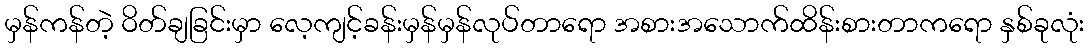
မှန်ကန်တဲ့ ဝိတ်ချခြင်းမှာ လေ့ကျင့်ခန်းမှန်မှန်လုပ်တာရော အစားအသောက်ထိန်းစားတာကရော နှစ်ခုလုံး